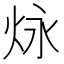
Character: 𪸠